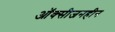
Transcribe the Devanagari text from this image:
ऑक्सीजनहीन